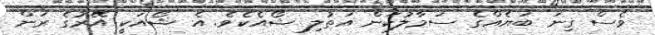
ވެސް ގިނަ ބަޔެއްގެ ސަމާލުކަން އަތުލި ޝޯއެކެވެ. އެ ޝޯއަކީ އޭރުގެ ރަން